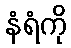
နံရံကို